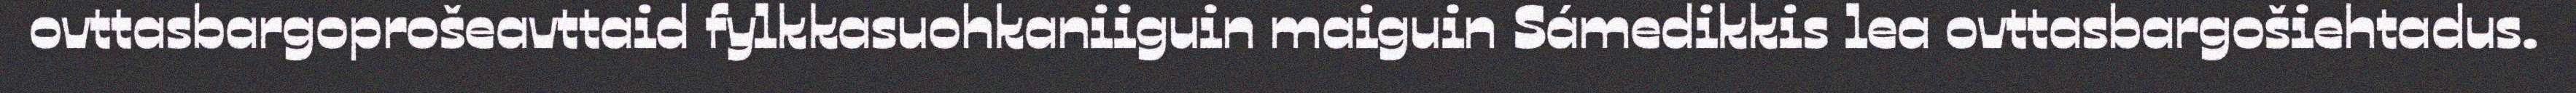
ovttasbargoprošeavttaid fylkkasuohkaniiguin maiguin Sámedikkis lea ovttasbargošiehtadus.